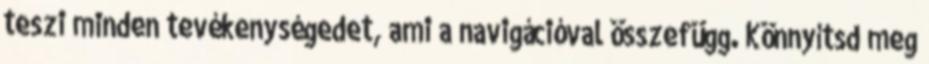
teszi minden tevékenységedet, ami a navigációval összefügg. Könnyítsd meg